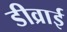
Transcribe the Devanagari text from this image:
डीव्राई